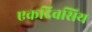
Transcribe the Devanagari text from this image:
एकदिवसिय